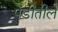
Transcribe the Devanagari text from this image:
पेंडीतील